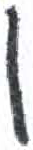
אות: ו